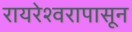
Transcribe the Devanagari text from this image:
रायरेश्वरापासून